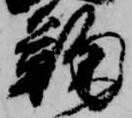
鞠